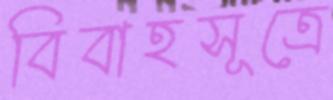
বিবাহসূত্রে